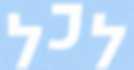
לכל